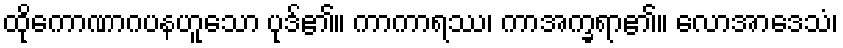
ထိုကောဏာဂပနဟူသော ပုဒ်၏။ ကာကာရဿ၊ ကာအက္ခရာ၏။ လောအာဒေသံ၊